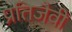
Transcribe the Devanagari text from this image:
प्रतिजैवी